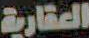
العقارية